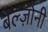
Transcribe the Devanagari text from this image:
बेल्ज़ोनी